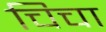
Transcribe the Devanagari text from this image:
चिचा